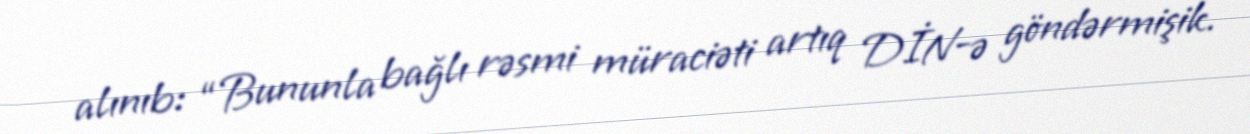
alınıb: “Bununla bağlı rəsmi müraciəti artıq DİN-ə göndərmişik.